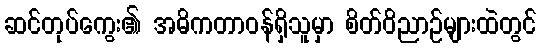
ဆင်တုပ်ကွေး၏ အဓိကတာဝန်ရှိသူမှာ စိတ်ဝိညာဉ်များထဲတွင်